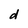
Character: d